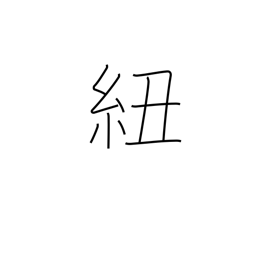
Meaning: tape